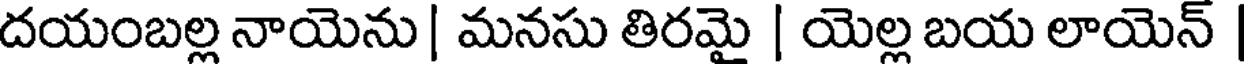
దయంబల్ల నాయెను | మనసు తిరమై | యెల్ల బయ లాయెన్ |